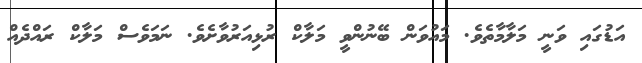
އަޑުގައި ވަނީ މަލާމާތެވެ. މައުވަން ބޭނުންވީ މަލާކް ރުޅިއަރުވާށެވެ. ނަމަވެސް މަލާކް ރައްދެއް